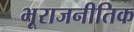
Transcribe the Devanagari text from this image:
भूराजनीतिक